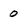
Character: 0